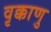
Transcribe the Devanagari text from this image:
वृक्काणु